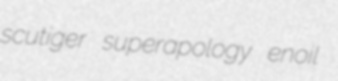
scutiger superapology enoil